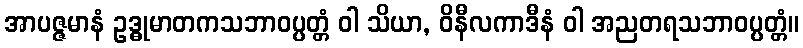
အာပဇ္ဇမာနံ ဥဒ္ဓုမာတကသဘာဝပ္ပတ္တံ ဝါ သိယာ, ဝိနီလကာဒီနံ ဝါ အညတရသဘာဝပ္ပတ္တံ။